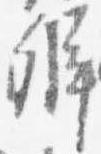
弁